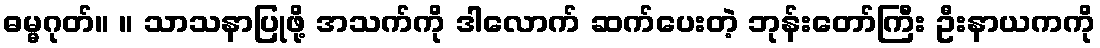
ဓမ္မဂုတ်။ ။ သာသနာပြုဖို့ အသက်ကို ဒါလောက် ဆက်ပေးတဲ့ ဘုန်းတော်ကြီး ဦးနာယကကို